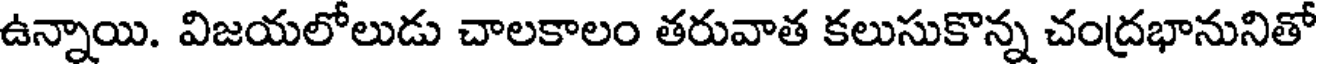
ఉన్నాయి. విజయలోలుడు చాలకాలం తరువాత కలుసుకొన్న చంద్రభానునితో